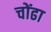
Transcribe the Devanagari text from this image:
चोंढा